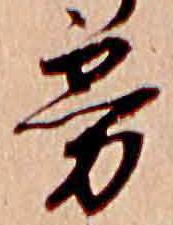
霧